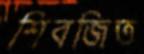
শিবজিত